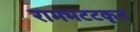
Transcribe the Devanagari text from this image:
रामभटटकृत